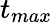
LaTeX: t_{max}